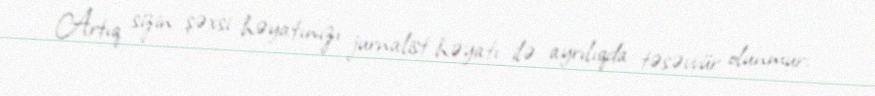
Artıq sizin şəxsi həyatınızı jurnalist həyatı ilə ayrılıqda təsəvvür olunmur.